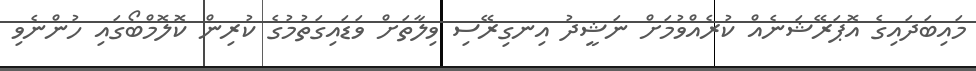
މައިބަދައިގެ އޮޕަރޭޝަނެއް ކުރެއްވުމަށް ނަޝީދު އިނގިރޭސި ވިލާތަށް ވަޑައިގަތުމުގެ ކުރިން ކޮލޮމްބޯގައި ހުންނެވި